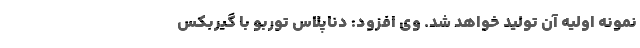
نمونه اولیه آن تولید خواهد شد. وی افزود: دناپلاس توربو با گیربکس